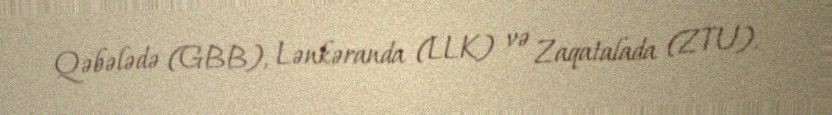
Qəbələdə (GBB), Lənkəranda (LLK) və Zaqatalada (ZTU).